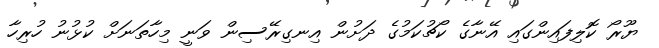
ޔޫރޯ ކޮލިފައިންގައި އޭނާގެ ކޯޗުކަމުގެ ދަށުން އިނގިރޭސިން ވަނީ މިހާތަނަށް ކުޅުނު ހުރިހާ